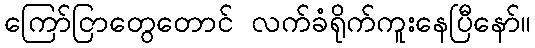
ကြော်ငြာတွေတောင် လက်ခံရိုက်ကူးနေပြီနော်။